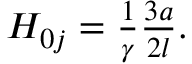
\begin{array} { r } { H _ { 0 j } = \frac { 1 } { \gamma } \frac { 3 a } { 2 l } . } \end{array}